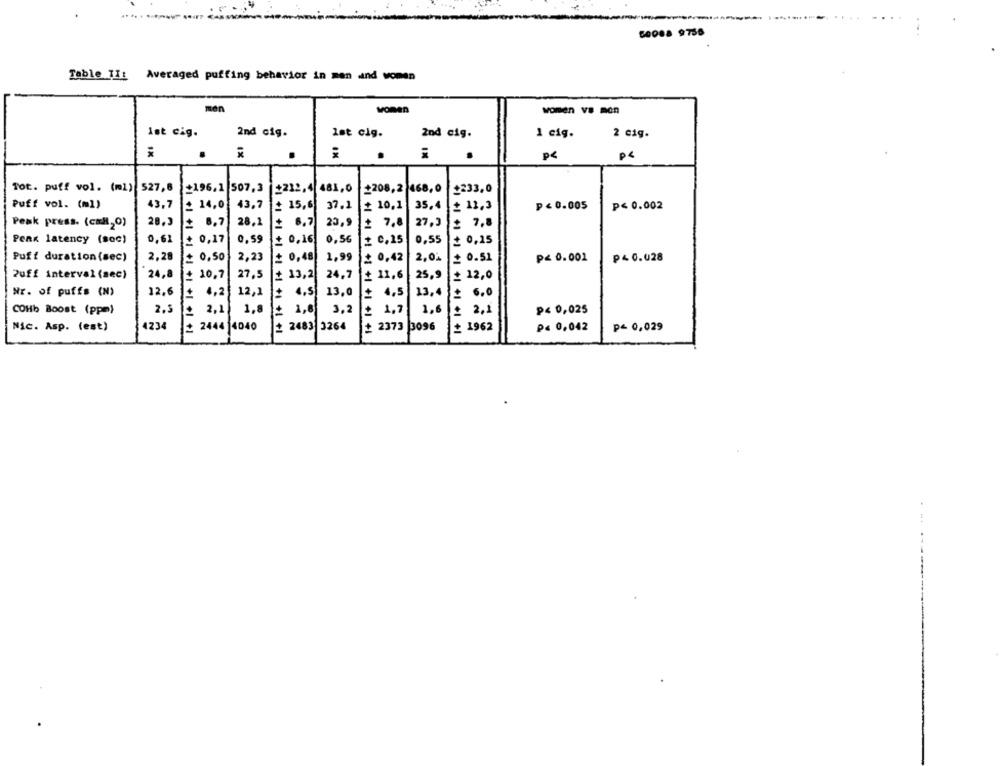
50008 9758
Table TI: Averaged puffing behavior in men and women
men
vomen
women VS mon
Ist cig.
2nd cig.
lat cig.
2nd cig.
1 cig.
2 cig.
1X
IX
P<
ps
Tot. puff vol. (ml) 527,8
+196.1 507,3
+232,4 481,0
£208,2 468,0
£233,0
Puff vol. (ml)
43,7
£ 14,0
43,7
£ 15,6
37.1
£ 10,1
35,4
£ 11,3
p < 0.005
P< 0.002
28,3
8,7
28,1
27,3
7.
Peak press. (cal20)
= 6.7
23,9
= 7.8
Peak latency (soc)
0,61
£ 0,17
0,59
0,16
0,56
2 0,15
0,55
£ 0,15
Puff duration (sec)
2,28
0,50
2,23
+ 0,48
1,99
₾ 0,42
2,0%
£ 0.51
P< 0.001
p40.028
Zuff interval (sec)
24,8
10,7
27,5
. 13,2
24,7
11,6
25,9
$ 12,0
+1 +1 +1 +1
Nr. of puffs (N)
12,6
12,1
4,5
4,2
13,0
+ 4,5
13,4
£ 6.0
+
COHb Boost (ppm)
2,3
2,1
1,8
: 1,8
3,2
1,7
1,6
£ 2,1
p< 0,025
Nic. Asp. (est)
4234
2444 4040
2483 3264
+ 2373 3096
+1 +1 +1 +1 +1 +1 +1 +1
1962
P< 0,042
p- 0,029
44 4